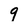
Character: 9